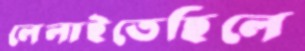
লেলাইতেছিলে